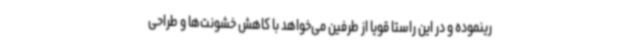
رینموده و در این راستا قویا از طرفین می‌خواهد با کاهش خشونت‌ها و طراحی